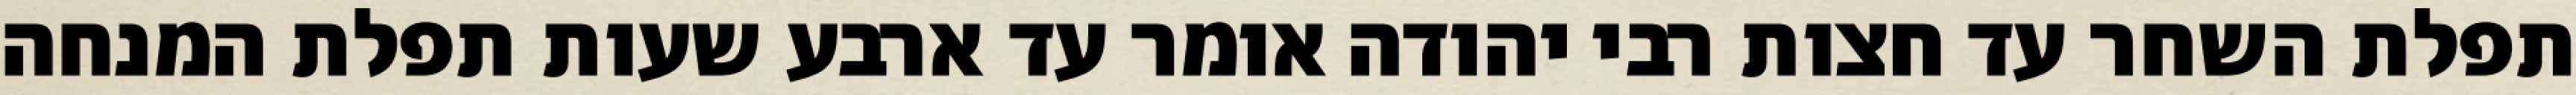
תפלת השחר עד חצות רבי יהודה אומר עד ארבע שעות תפלת המנחה